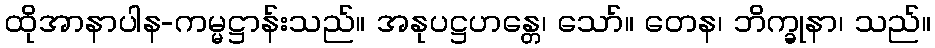
ထိုအာနာပါန-ကမ္မဋ္ဌာန်းသည်။ အနုပဋ္ဌဟန္တေ၊ သော်။ တေန၊ ဘိက္ခုနာ၊ သည်။